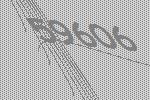
59606